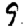
Digit: 9